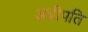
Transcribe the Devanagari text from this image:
अधीपति